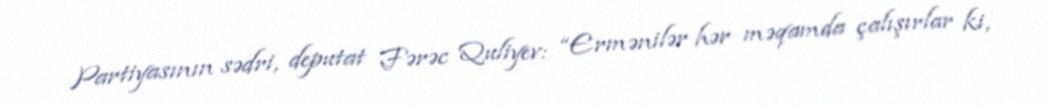
Partiyasının sədri, deputat Fərəc Quliyev: “Ermənilər hər məqamda çalışırlar ki,